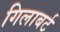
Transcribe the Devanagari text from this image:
गिलाबर्ट